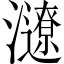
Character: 𤃜